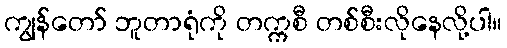
ကျွန်တော် ဘူတာရုံကို တက္ကစီ တစ်စီးလိုနေလို့ပါ။